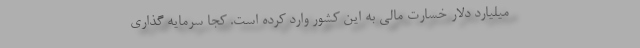
میلیارد دلار خسارت مالی به این کشور وارد کرده است. کجا سرمایه گذاری